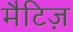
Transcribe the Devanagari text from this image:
मैटिज़